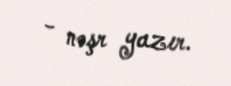
- nəşr yazır.